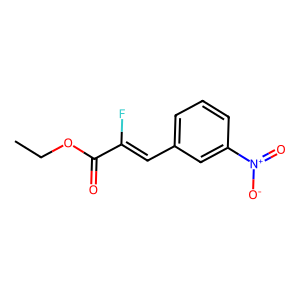
SMILES: CCOC(=O)C(F)=Cc1cccc([N+](=O)[O-])c1
Inhibits HIV replication: No